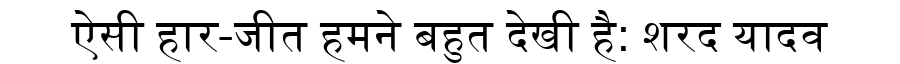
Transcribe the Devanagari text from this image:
ऐसी हार-जीत हमने बहुत देखी है: शरद यादव